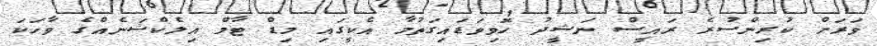
ވަރަށް ކުރިންސުރެ ރައީސް ނަޝީދު ހޮވިވަޑައިގަތުމާ އެކީގައި މިޑް ޓާމް އިލެކްޝަނެއްގެ ވާހަކަ